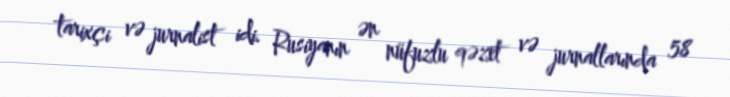
tarixçi və jurnalist idi. Rusiyanın ən nüfuzlu qəzet və jurnallarında 58